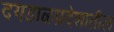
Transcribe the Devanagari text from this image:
दगडाळप्रदेशातील